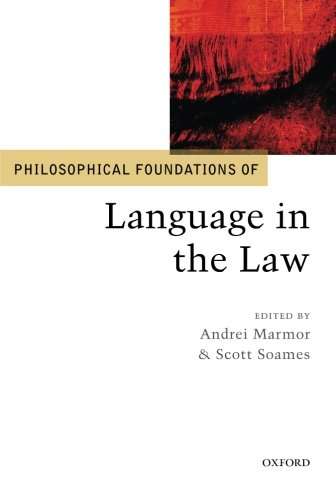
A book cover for Philosophical Foundations of Language in the Law (Philosophical Foundations of Law); Andrei Marmor; Law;